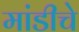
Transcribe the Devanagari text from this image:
मांडीचे